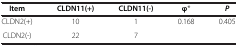
<table><thead><tr><td><b>Item</b></td><td><b>CLDN11(+)</b></td><td><b>CLDN11(-)</b></td><td><b>φ*</b></td><td><b><i>P</i></b></td></tr></thead><tbody><tr><td>CLDN2(+)</td><td>10</td><td>1</td><td>0.168</td><td>0.405</td></tr><tr><td>CLDN2(-)</td><td>22</td><td>7</td><td> </td><td> </td></tr></tbody></table>